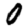
Digit: 0